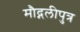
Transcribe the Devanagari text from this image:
मौद्गलीपुत्र